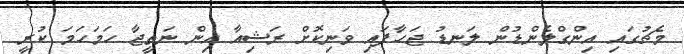
މެޗުގައި އިންގްލެންޑުން ލަނޑު ޖަހާފައި ވަނިކޮށް ރަޝިއާ އިން ނަތީޖާ ހަމަހަމަ ކުރީ